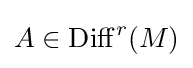
A\in \mathrm {Diff} ^{r}(M)